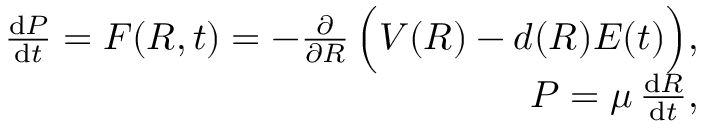
\begin{array} { r } { { } \frac { \mathrm { d } P } { \mathrm { d } t } = F ( R , t ) = - \frac { \partial } { \partial R } \, \Big ( V ( R ) - d ( R ) E ( t ) \Big ) , } \\ { P = \mu \, \frac { \mathrm { d } R } { \mathrm { d } t } , } \end{array}